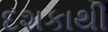
દશકાથી